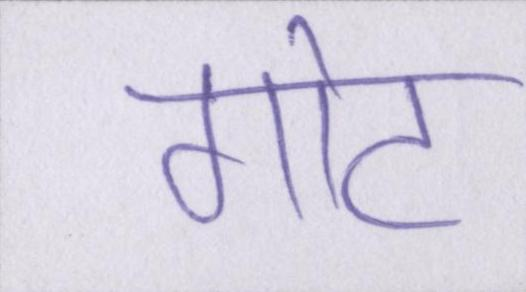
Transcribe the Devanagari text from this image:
गोट